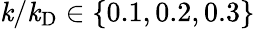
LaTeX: \mathit{k}/\mathit{k}_{\mathrm{{D}}}\in\left\{ 0.1,0.2,0.3\right\}